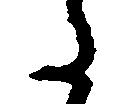
た